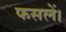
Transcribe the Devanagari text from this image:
फसलें।